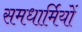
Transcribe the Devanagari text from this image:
समधार्मियों